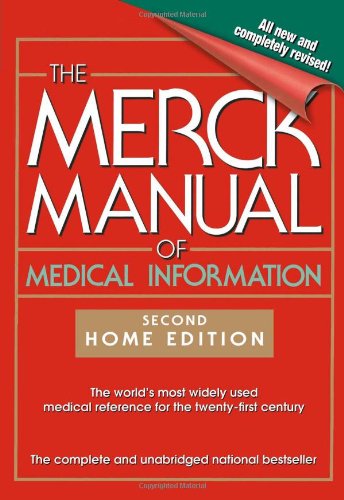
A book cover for The Merck Manual of Medical Information: 2nd Home Edition (Merck Manual Home Health Handbook (Quality)); M.D. Mark H. Beers M.D.; Health, Fitness & Dieting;